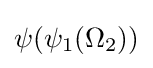
\psi (\psi _{1}(\Omega _{2}))